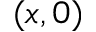
( x , 0 )